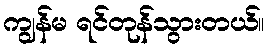
ကျွန်မ ရင်တုန်သွားတယ်။